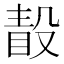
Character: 𣪭